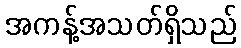
အကန့်အသတ်ရှိသည်